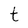
Character: t